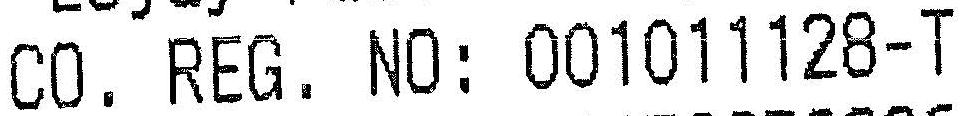
CO. REG. NO: 001011128-T